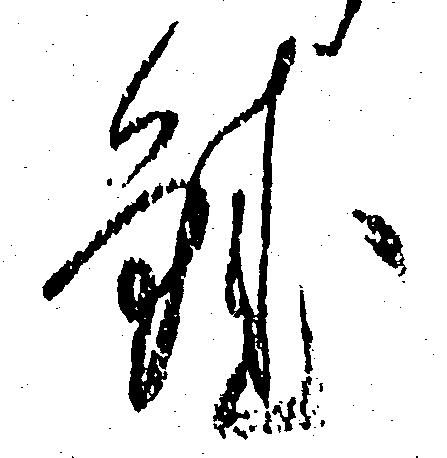
鮭